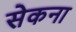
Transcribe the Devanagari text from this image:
सेकना